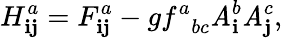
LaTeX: H_{\mathbf{i}\mathbf{j}}^{a}=F_{\mathbf{i}\mathbf{j}}^{a}-gf_{\; \; bc}^{a}\mathit{A}_{\mathbf{i}}^{b}\mathit{A}_{\mathbf{j}}^{c},